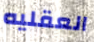
العقليه